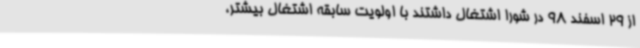
از 29 اسفند 98 در شورا اشتغال داشتند با اولویت سابقه اشتغال بیشتر،